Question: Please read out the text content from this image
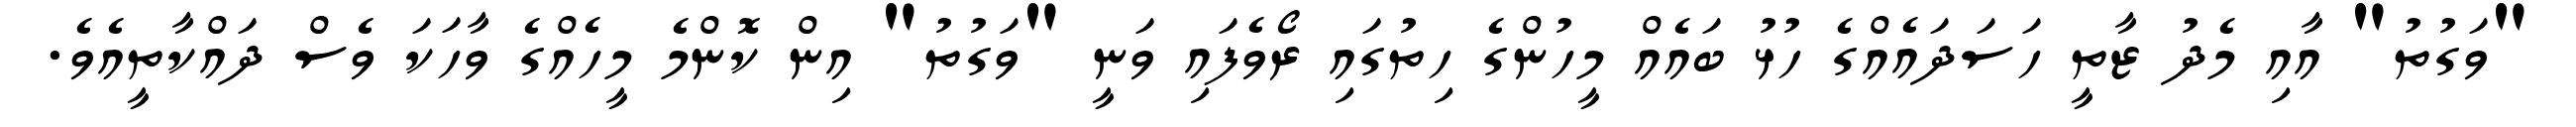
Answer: "ވަގުތު" އާއި މެދު ޒާތީ ހަސަދައެއްގެ ހުޅު ބައެއް މީހުންގެ ހިތުގައި ރޯވެފައި ވަނީ "ވަގުތު" އިން ކޮންމެ މީހެއްގެ ވާހަކަ ވެސް ދައްކާތީއެވެ.